Notes on vaccination in the North-West Frontier Province 1923-1928 - 1923-1928
Year: 1923
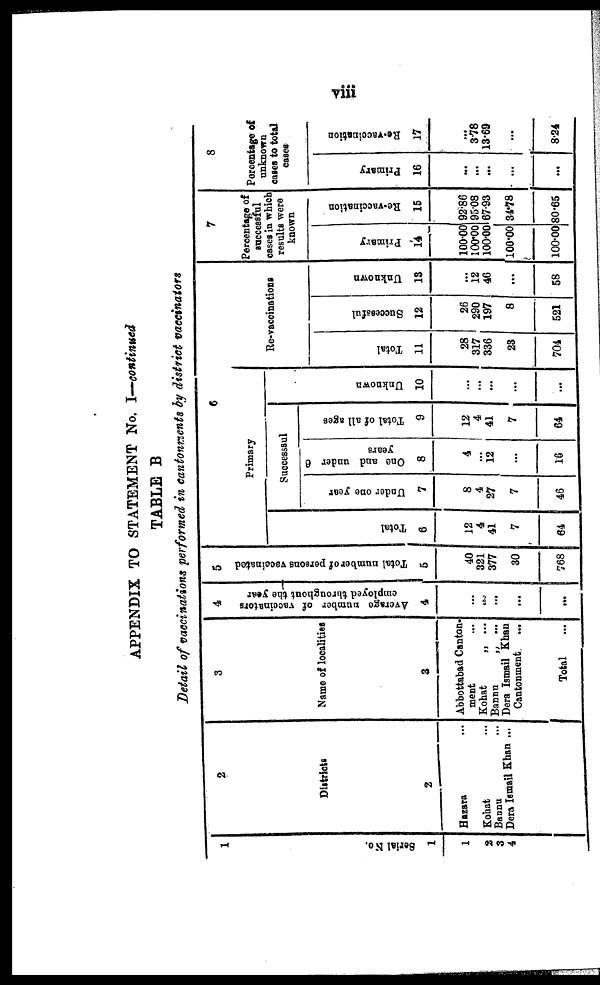
viii
APPENDIX TO STATEMENT No. I—continued
TABLE B
Detail of vaccinations performed in cantonments by district vaccinators
1
Serial No.
1
1
2
3
4
2
Districts
2
Hazara ...
Kohat ...
Bannu ...
Dera Ismail Khan ...
3
Name of localities
3
Abbottabad Canton-
ment ...
Kohat „ ...
Bannu
„
...
Dera Ismail Khan
Cantonment
...
Total ...
4
Average number of vaccinators
employed throughout the year
4
...
...
...
...
...
5
Total number of persons vaccinated
5
40
321
377
30
768
6
Primary
Total
6
12
4
41
7
64
Successsul
Under one year
7
8
4
27
7
46
One and under 6
years
8
4
...
12
...
16
Total of all ages
9
12
4
41
7
64
Unknown
10
...
...
...
...
...
Re-vaccinations
Total
11
28
317
336
23
704
Successful
12
26
290
197
8
521
Unknown
13
...
12
46
...
58
7
Percentage of
successful
cases in which
results were
known
Primary
14
100.00
100.00
100.00
100.00
100.00
Re-vaccination
15
92.86
95.08
67.93
34.78
80.65
8
Percentage of
unknown
cases to total
cases
Primary
16
...
...
...
...
...
Re-vaccination
17
...
3.78
13.69
...
8.24